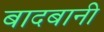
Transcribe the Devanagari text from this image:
बादबानी